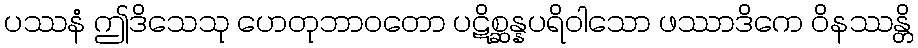
ပဿနံ ဤဒိသေသု ဟေတုဘာဝတော ပဋိစ္ဆန္နပရိဝါသော ဖဿာဒိကေ ဝိနဿန္တိ